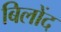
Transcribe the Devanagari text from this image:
बिलोंद